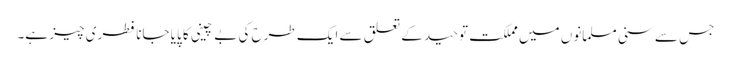
جس سے سنی مسلمانوں میں مملکت توحید کے تعلق سے ایک طرح کی بے چینی کا پایا جانا فطری چیز ہے۔